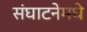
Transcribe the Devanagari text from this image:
संघाटनेमधे